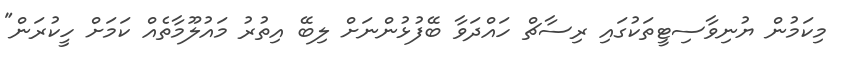
މިކަމުން ޔުނިވާސިޓީތަކުގައި ރިސާޗް ހައްދަވާ ބޭފުޅުންނަށް ލިބޭ އިތުރު މައުލޫމާތެއް ކަމަށް ހީކުރަން"